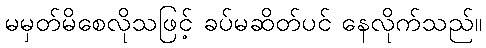
မမှတ်မိစေလိုသဖြင့် ခပ်မဆိတ်ပင် နေလိုက်သည်။